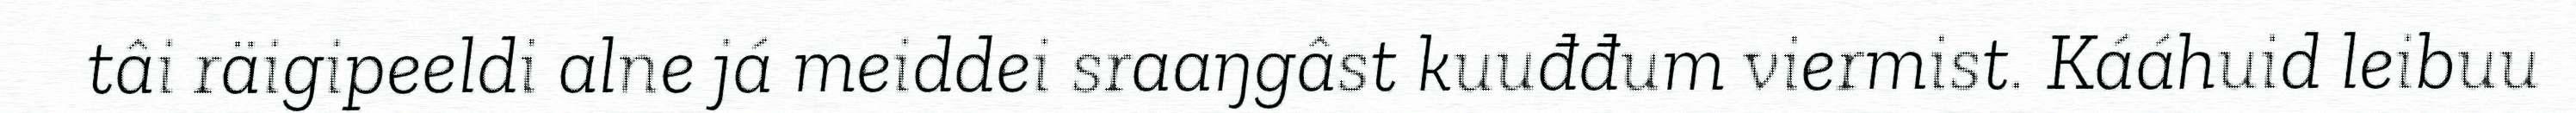
tâi räigipeeldi alne já meiddei sraaŋgâst kuuđđum viermist. Kááhuid leibuu